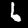
Digit: 6